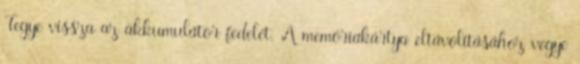
Tegye vissza az akkumulátor fedelét. A memóriakártya eltávolításához vegye